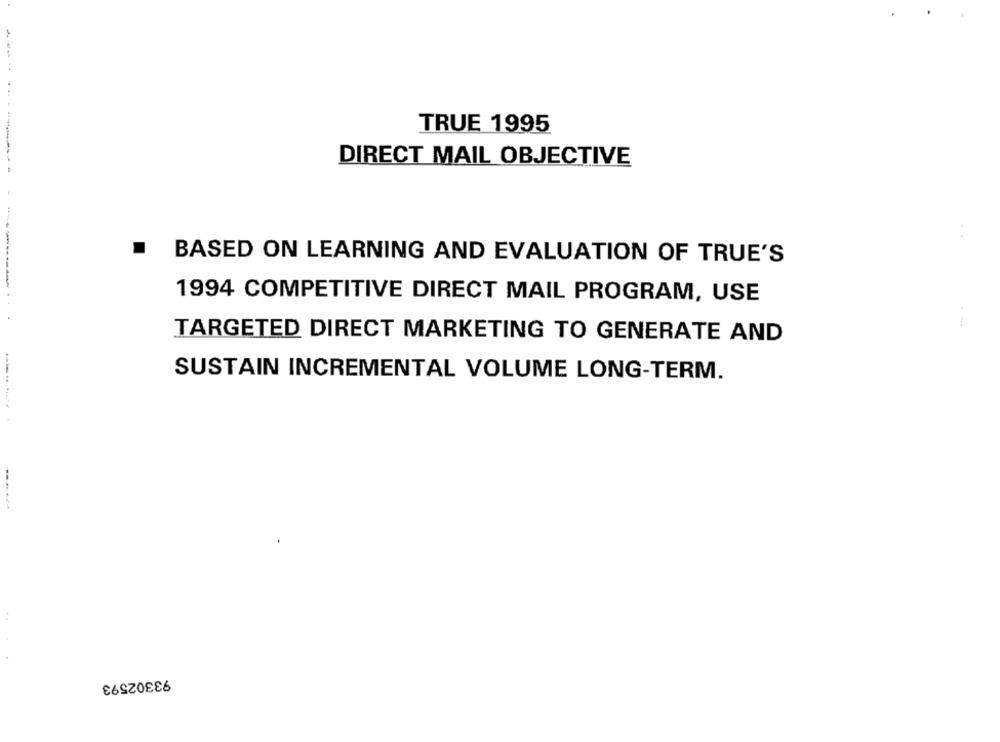
TRUE 1995
DIRECT MAIL OBJECTIVE
..
BASED ON LEARNING AND EVALUATION OF TRUE'S
1994 COMPETITIVE DIRECT MAIL PROGRAM, USE
TARGETED DIRECT MARKETING TO GENERATE AND
SUSTAIN INCREMENTAL VOLUME LONG-TERM.
93302593